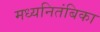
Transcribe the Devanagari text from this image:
मध्यनितंबिका